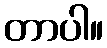
တာပါ။